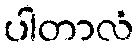
ပါတာလံ